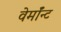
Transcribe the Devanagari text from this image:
वेर्माॅन्ट